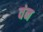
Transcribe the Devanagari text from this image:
वंन